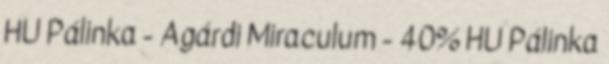
HU Pálinka - Agárdi Miraculum - 40% HU Pálinka